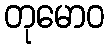
တုမောဝ